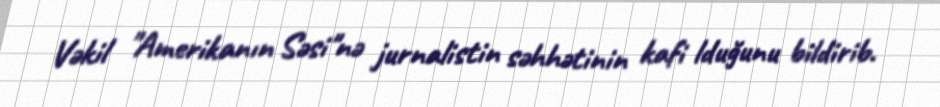
Vəkil "Amerikanın Səsi"nə jurnalistin səhhətinin kafi lduğunu bildirib.